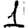
Digit: 1